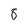
Character: 8